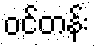
ဝင်တန်း